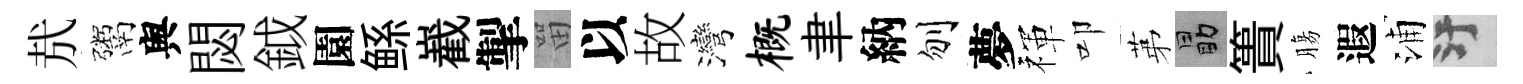
㢤鬻舆閟鉞園鲧嶻掣㽞以故灣概聿納刎夢禈叩苐勗簣膓遐浦污